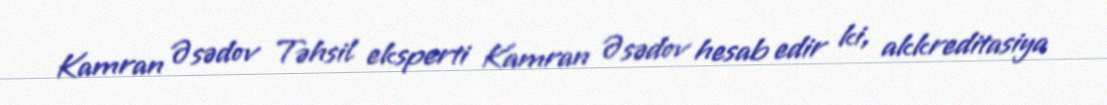
Kamran Əsədov Təhsil eksperti Kamran Əsədov hesab edir ki, akkreditasiya